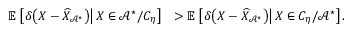
\begin{array} { r l } { { \mathbb { E } } \left[ \left. \delta { \left( X - { \widehat { X } } _ { { \mathscr { A } } ^ { \star } } \right) } \right| X \in { \mathscr { A } } ^ { \star } / C _ { \eta } \right] } & { > { \mathbb { E } } \left[ \left. \delta { \left( X - { \widehat { X } } _ { { \mathscr { A } } ^ { \star } } \right) } \right| X \in C _ { \eta } / { \mathscr { A } } ^ { \star } \right] . } \end{array}